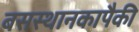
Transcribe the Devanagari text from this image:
बसस्थानकापैकी